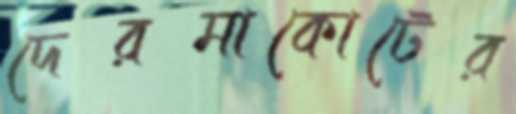
দেরমাকোটের